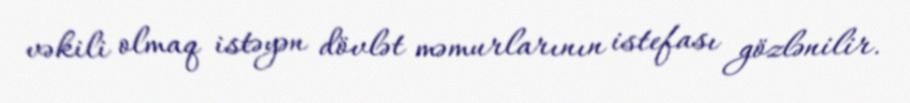
vəkili olmaq istəyən dövlət məmurlarının istefası gözlənilir.